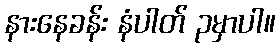
နားနေခန်း နံပါတ် ၃မှာပါ။